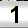
Digit: 1